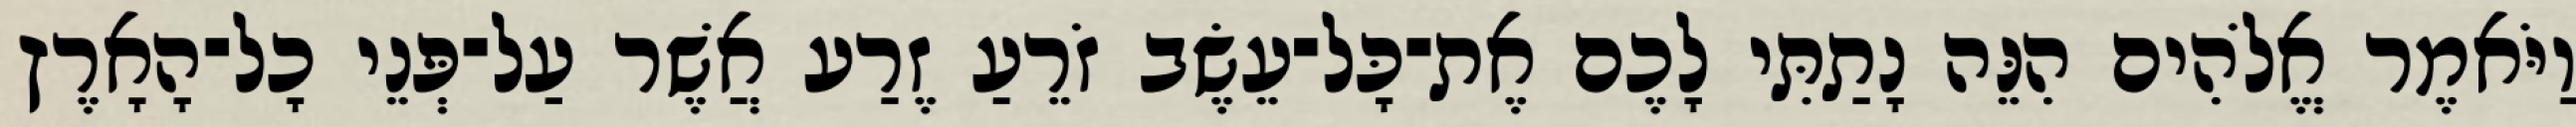
וַיֹּאמֶר אֱלֹהִים הִנֵּה נָתַתִּי לָכֶם אֶת־כָּל־עֵשֶׂב זֹרֵעַ זֶרַע אֲשֶׁר עַל־פְּנֵי כָל־הָאָרֶץ